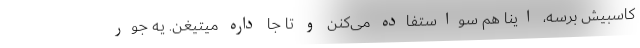
کاسبیش برسه، اینا هم سواستفاده می‌کنن و تا جا داره میتیغن. یه جور